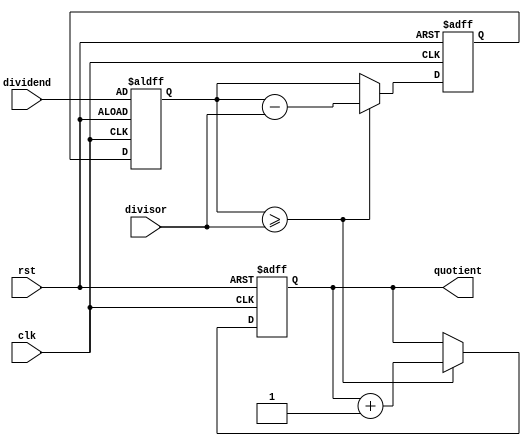
module synchronous_divider (
    input clk,
    input rst,
    input [7:0] dividend,
    input [7:0] divisor,
    output reg [7:0] quotient
);

reg [7:0] remainder;
reg [7:0] temp_dividend;

always @(posedge clk or posedge rst) begin
    if (rst) begin
        quotient <= 8'b0;
        remainder <= 8'b0;
        temp_dividend <= dividend;
    end else begin
        temp_dividend <= remainder;
        if (temp_dividend >= divisor) begin
            remainder <= temp_dividend - divisor;
            quotient <= quotient + 1;
        end else begin
            remainder <= temp_dividend;
        end
    end
end

endmodule